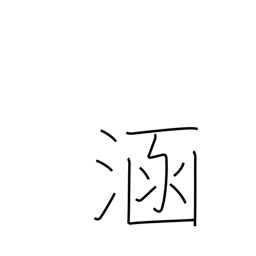
Meaning: immerse